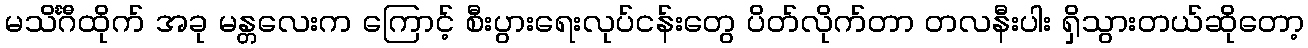
မသိင်္ဂီထိုက် အခု မန္တလေးက ကြောင့် စီးပွားရေးလုပ်ငန်းတွေ ပိတ်လိုက်တာ တလနီးပါး ရှိသွားတယ်ဆိုတော့